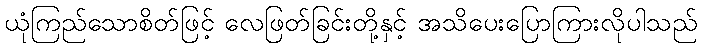
ယုံကြည်သောစိတ်ဖြင့် လေဖြတ်ခြင်းတို့နှင့် အသိပေးပြောကြားလိုပါသည်